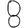
Digit: 8